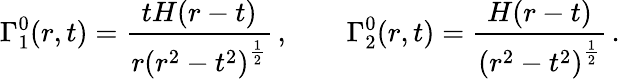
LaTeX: \Gamma_{1}^{0}(r,t)=\frac{tH(r-t)}{r\left(r^{2}-t^{2}\right)^{\frac{1}{2}}}\, ,\qquad\Gamma_{2}^{0}(r,t)=\frac{H(r-t)}{\left(r^{2}-t^{2}\right)^{\frac{1}{2}}}\, .